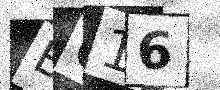
Text: B616